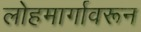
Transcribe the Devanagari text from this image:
लोहमार्गावरून